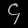
Digit: ၄